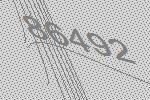
86492